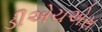
ડીએચએસ